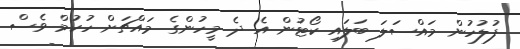
ފުލުހުން މައްސަލަ ބަލައި ކޯޓުން އެ ދެ މީހުންގެ މައްޗަށް ހުކުމް ވެސް